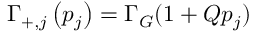
\Gamma _ { + , j } \left( p _ { j } \right) = \Gamma _ { G } ( 1 + Q p _ { j } )